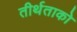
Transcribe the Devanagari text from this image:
तीर्थताको